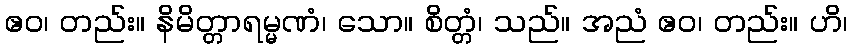
ဧဝ၊ တည်း။ နိမိတ္တာရမ္မဏံ၊ သော။ စိတ္တံ၊ သည်။ အညံ ဧဝ၊ တည်း။ ဟိ၊